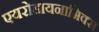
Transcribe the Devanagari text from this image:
एयरोडायनामिक्स